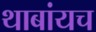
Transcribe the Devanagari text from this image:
थाबांयच